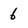
Character: 6